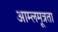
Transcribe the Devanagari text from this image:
आम्लमूत्रता